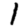
Digit: 1